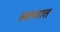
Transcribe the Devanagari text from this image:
स्‍वप्‍नात